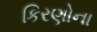
કિરણોના